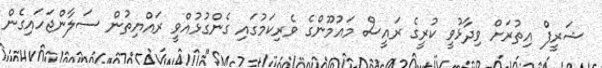
ޝަރީފް އިތުރަށް ވިދާޅުވީ ކުރީގެ ރައީސް މައުމޫންގެ ވެރިކަމުގައި ގެންގުޅުއްވީ ރައްޔިތުން ސަލާންޖަހައިގެން